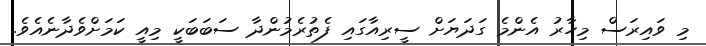
މި ވައިރަސް މިހާރު އެންމެ ގަދަޔަށް ސީރިއާގައި ފެތުރެމުންދާ ސަބަބަކީ މިއީ ކަމަށްވެދާނެއެވެ.